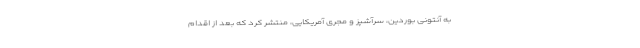
به آنتونی بوردین، سرآشپز و مجری آمریکایی، منتشر کرد که بعد از اقدام